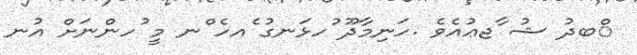
ްބދު ޝު ާޖޢުއެވެ .ހަނިމާދޫ ުހޅަނގު ެއހެ ްނ މީ ުހންނަށް އުނ